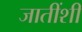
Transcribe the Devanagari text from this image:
जातींशीं